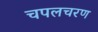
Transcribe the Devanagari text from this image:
चपलचरण